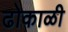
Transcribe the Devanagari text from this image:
ढोकाळी